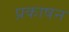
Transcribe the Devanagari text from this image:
प्रकाषन